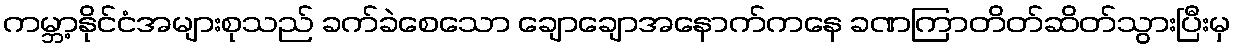
ကမ္ဘာ့နိုင်ငံအများစုသည် ခက်ခဲစေသော ချောချောအနောက်ကနေ ခဏကြာတိတ်ဆိတ်သွားပြီးမှ